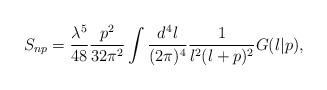
LaTeX: \begin{align*}S_{np}=\frac{\lambda^5}{48}\frac{p^2}{32\pi^2}\int\frac{d^4 l}{(2\pi)^4}\frac{1}{l^2(l+p)^2} G(l|p),\end{align*}